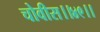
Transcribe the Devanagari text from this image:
चोवीस।।४९।।